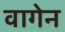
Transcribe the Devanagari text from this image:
वागेन